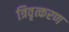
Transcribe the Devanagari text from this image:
त्रिवृत्करण